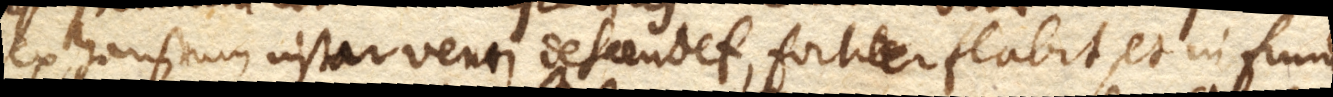
exhaustum instar venti descendet, fortiter flabit, et in fundo